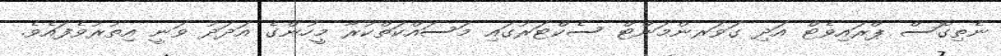
ނެތިގޮސް ޕްރައިވެޓް އަދި ގަވަރންމަންޓް ސެކްޓަރުގައި މަސައްކަތްކުރާ މީހުންގެ އަދަދު ވަނީ އިތުރުވެފައެވެ.